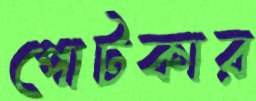
পোটকার